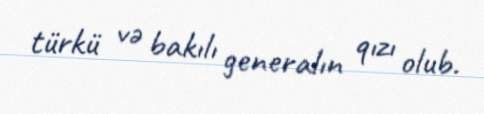
türkü və bakılı generalın qızı olub.